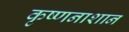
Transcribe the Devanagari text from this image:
कृष्णनाशान